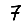
Digit: 7